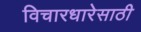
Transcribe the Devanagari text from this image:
विचारधारेसाठी